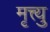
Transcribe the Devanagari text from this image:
मृत्त्यु